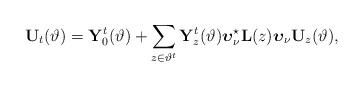
LaTeX: \begin{align*}\mathbf{U}_t(\vartheta)=\mathbf{Y}_0^t(\vartheta)+\sum_{z\in\vartheta^t}\mathbf{Y}^t_z(\vartheta) \boldsymbol{\upsilon}^\star_\nu \mathbf{L}(z) \boldsymbol{\upsilon}_\nu \mathbf{U}_z(\vartheta),\end{align*}